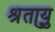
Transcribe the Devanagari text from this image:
श्रुतायु